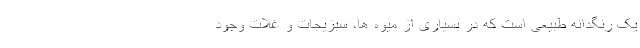
یک رنگدانه طبیعی است که در بسیاری از میوه ها، سبزیجات و غلات وجود